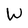
Character: W